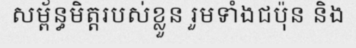
សម្ព័ន្ធមិត្តរបស់ខ្លួន រួមទាំងជប៉ុន និង